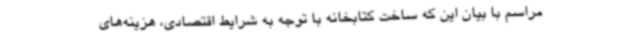
مراسم با بیان این که ساخت کتابخانه با توجه به شرایط اقتصادی، هزینه‌های